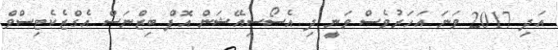
އަދި 2017 ވަނަ އަހަރުވެސް ވަނީ ދި އެސޯސިއޭޝަން އޮފް ބިޒްނަސް އެގްޒެކެޓިސްވް